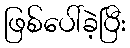
ဖြစ်ပေါ်ခဲ့ပြီး